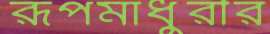
রূপমাধুরীর